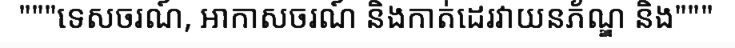
"""ទេសចរណ៍, អាកាសចរណ៍ និងកាត់ដេរវាយនភ័ណ្ឌ និង"""